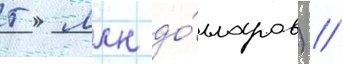
5 млн до́лларов) //